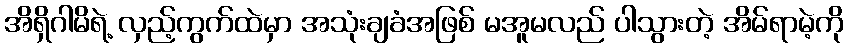
အိရှိဂါမိရဲ့ လှည့်ကွက်ထဲမှာ အသုံးချခံအဖြစ် မအူမလည် ပါသွားတဲ့ အိမ်ရာမဲ့ကို